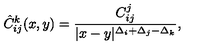
\hat { C } _ { i j } ^ { k } ( x , y ) = \frac { C _ { i j } ^ { j } } { | x - y | ^ { \Delta _ { i } + \Delta _ { j } - \Delta _ { k } } } ,